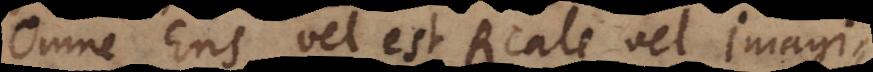
Omne Ens vel est Reale vel Imagi